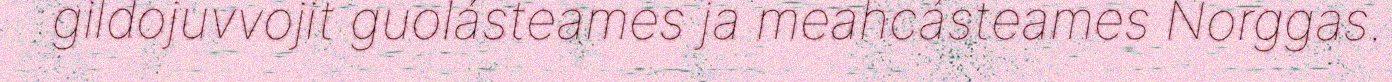
gildojuvvojit guolásteames ja meahcásteames Norggas.